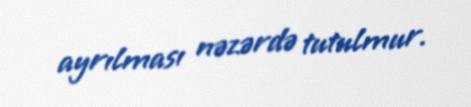
ayrılması nəzərdə tutulmur.